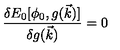
{ \frac { \delta E _ { 0 } [ \phi _ { 0 } , g ( \vec { k } ) ] } { \delta g ( \vec { k } ) } } = 0